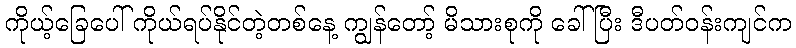
ကိုယ့်ခြေပေါ် ကိုယ်ရပ်နိုင်တဲ့တစ်နေ့ ကျွန်တော့် မိသားစုကို ခေါ်ပြီး ဒီပတ်ဝန်းကျင်က